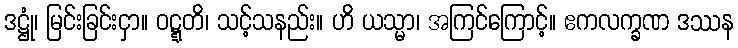
ဒဋ္ဌုံ၊ မြင်းခြင်းငှာ။ ဝဋ္ဋတိ၊ သင့်သနည်း။ ဟိ ယသ္မာ၊ အကြင်ကြောင့်။ ဧကလက္ခဏ ဒဿန